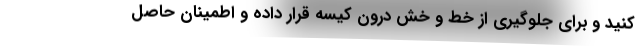
کنید و برای جلوگیری از خط و خش درون کیسه قرار داده و اطمینان حاصل